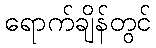
ရောက်ချိန်တွင်